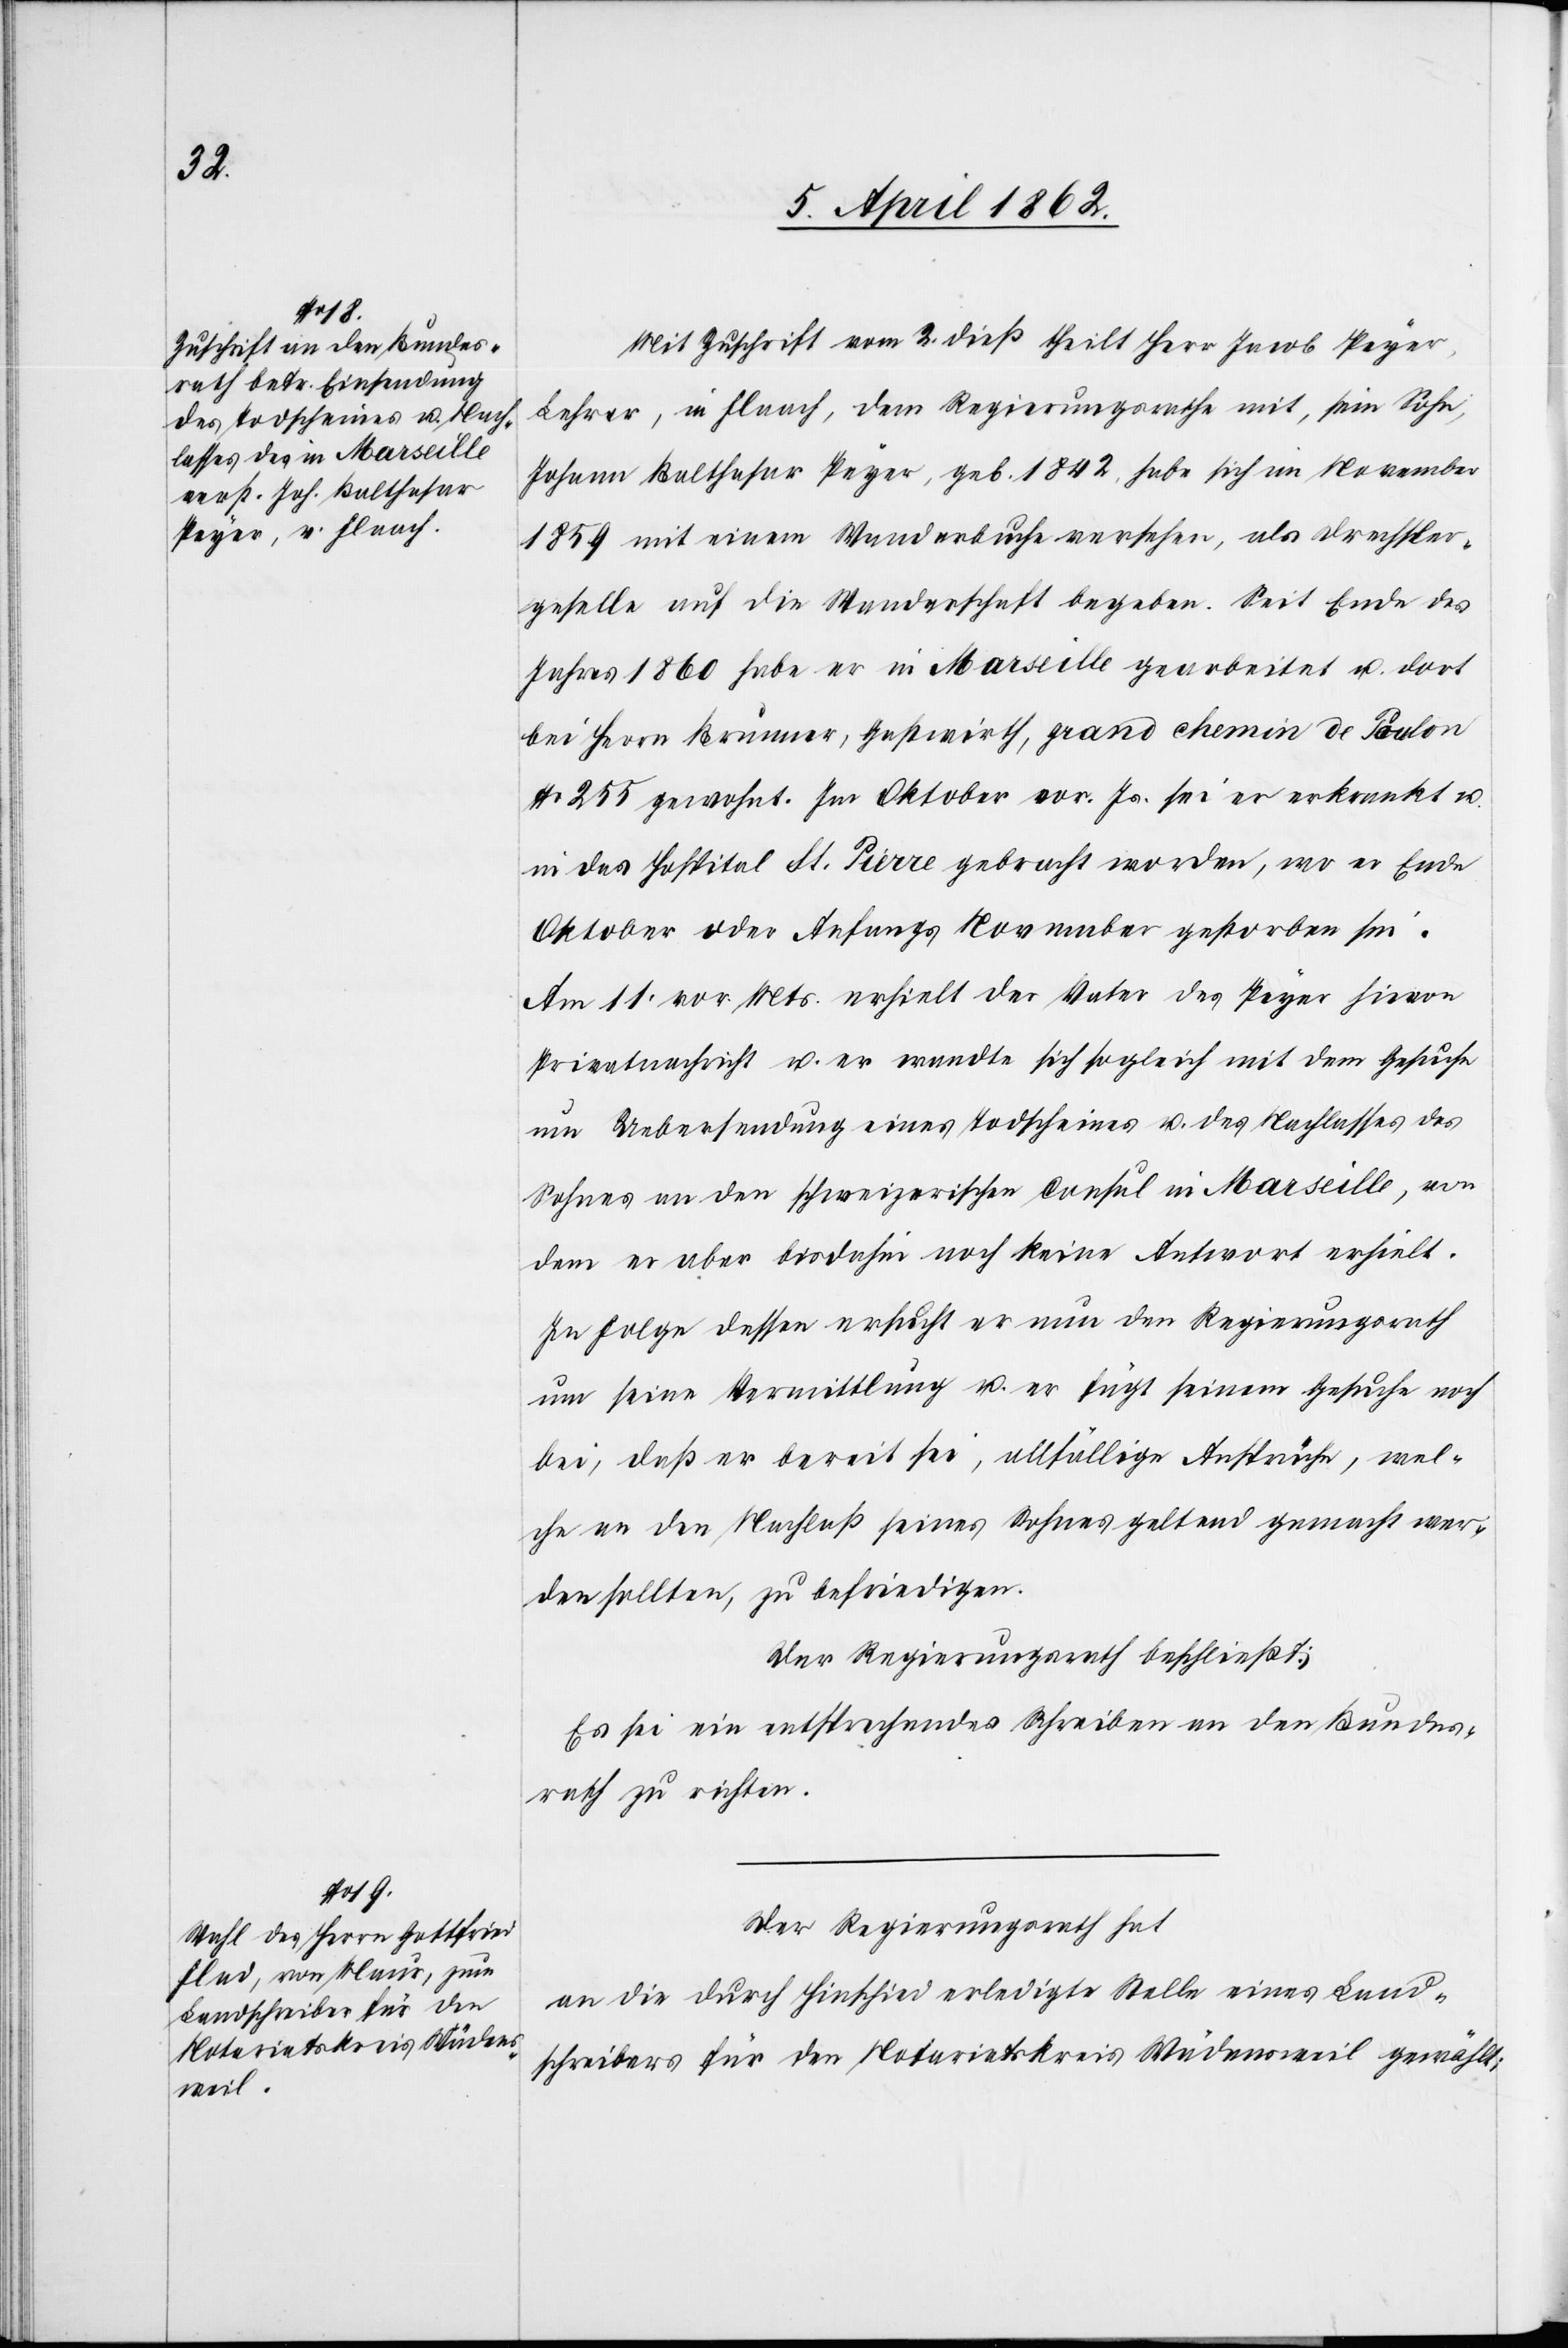
Der
hat

Mit Zuschrift vom 2. dieß theilt Herr Jacob Peyer,
Lehrer, in Flaach, dem Regierungsrathe mit, sein Sohn,
Johann Balthasar Peyer, geb. 1842, habe sich im November
1859 mit einem Wanderbuche versehen, als Drechsler¬
geselle auf die Wanderschaft begeben. Seit Ende des
Jahres 1860 habe er in Marseille gearbeitet u. dort
bei Herrn Krummer, Gastwirth, grand chemin de Toulon
No. 255 gewohnt. Im Oktober vor. Js. sei er erkrankt u.
in das Hospital St. Pièrre gebracht worden, wo er Ende
Oktober oder Anfangs November gestorben sei.
Am 11. vor. Mts. erhielt der Vater des Peyer hievon
Privatnachricht u. er wandte sich sogleich mit dem Gesuche
um Uebersendung eines Todscheines u. des Nachlasses des
Sohnes an den schweizerischen Consul in Marseille, von
dem er aber bisdahin noch keine Antwort erhielt.
In Folge dessen ersucht er nun den Regierungsrath
um seine Vermittlung u. er fügt seinem Gesuche noch
bei, daß er bereit sei, allfällige Ansprüche, wel¬
che an den Nachlaß seines Sohnes geltend gemacht wer¬
den sollten, zu befriedigen.
Der Regierungsrath beschließt:
Es sei ein entsprechendes Schreiben an den Bundes¬
rath zu richten.
an die durch Hinschied erledigte Stelle eines Land¬
schreibers für den Notariatskreis Wädensweil gewählt: